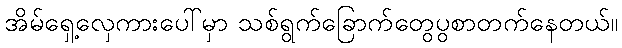
အိမ်ရှေ့လှေကားပေါ်မှာ သစ်ရွက်ခြောက်တွေပွစာတက်နေတယ်။